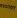
money